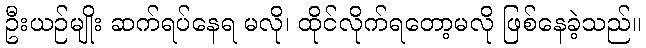
ဦးယဉ်မျိုး ဆက်ရပ်နေရ မလို၊ ထိုင်လိုက်ရတော့မလို ဖြစ်နေခဲ့သည်။